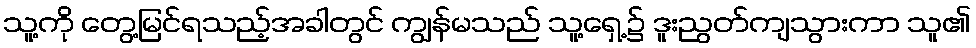
သူ့ကို တွေ့မြင်ရသည့်အခါတွင် ကျွန်မသည် သူ့ရှေ့၌ ဒူးညွတ်ကျသွားကာ သူ၏